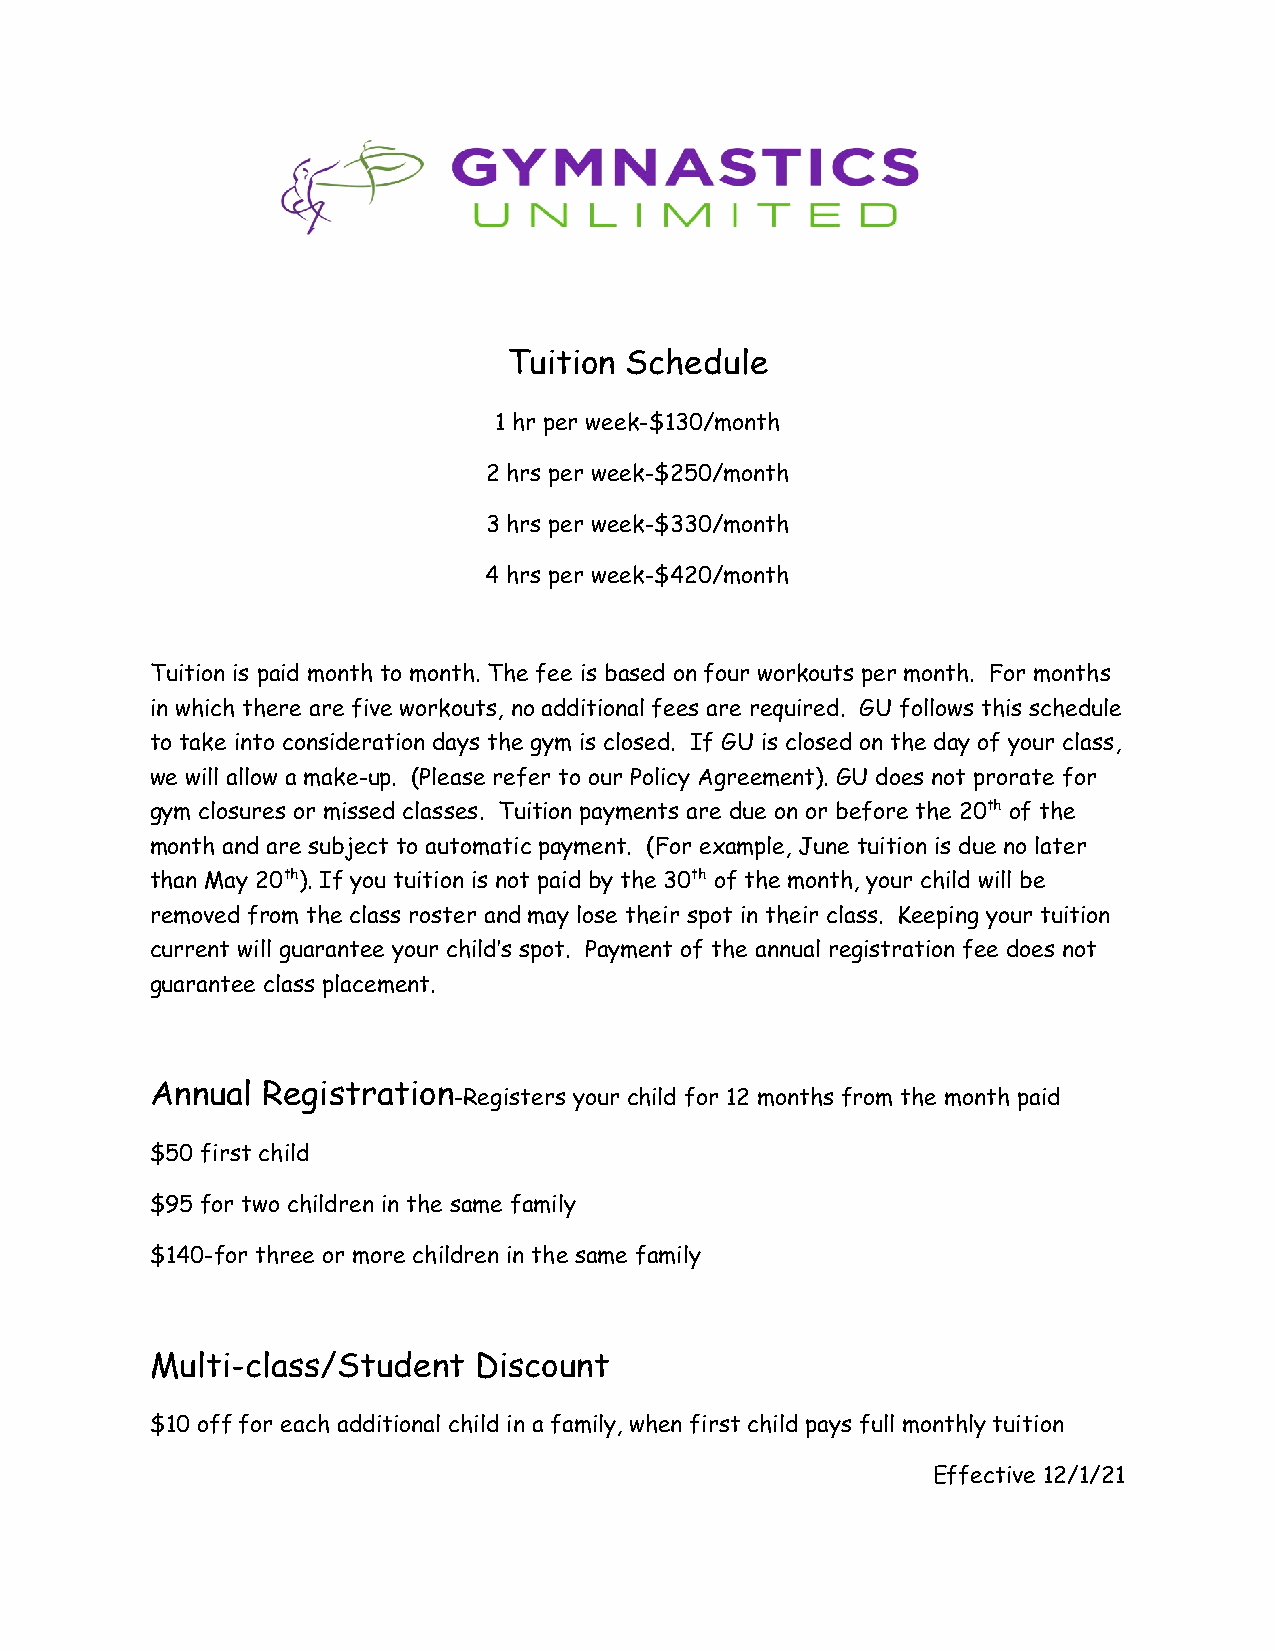
Tuition Schedule
 1 hr per week-$130/month
 2 hrs per week-$250/month
 3 hrs per week-$330/month
 4 hrs per week-$420/month
 Tuition is paid month to month. The fee is based on four workouts per month. For months
 in which there are five workouts, no additional fees are required. GU follows this schedule
 to take into consideration days the gym is closed. If GU is closed on the day of your class,
 we will allow a make-up. (Please refer to our Policy Agreement). GU does not prorate for
 gym closures or missed classes. Tuition payments are due on or before the 20th of the
 month and are subject to automatic payment. (For example, June tuition is due no later
 than May 20th). If you tuition is not paid by the 30th of the month, your child will be
 removed from the class roster and may lose their spot in their class. Keeping your tuition
 current will guarantee your child’s spot. Payment of the annual registration fee does not
 guarantee class placement.
 Annual Registration
 -Registers your child for 12 months from the month paid
 $50 first child
 $95 for two children in the same family
 $140-for three or more children in the same family
 Multi-class/Student  Discount
 $10 off for each additional child in a family, when first child pays full monthly tuition
 Effective 12/1/21